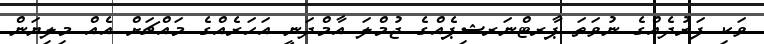
ވަކި ފަރުދެއްގެ ނުވަތަ ޕާރޓްނަރޝިޕެއްގެ ޖުމްލަ އާމްދަނީ އަހަރެއްގެ މައްޗަށް އެއް މިލިޔަން